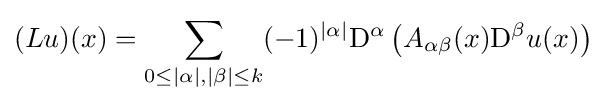
(Lu)(x)=\sum _{0\leq |\alpha |,|\beta |\leq k}(-1)^{|\alpha |}\mathrm {D} ^{\alpha }\left(A_{\alpha \beta }(x)\mathrm {D} ^{\beta }u(x)\right)